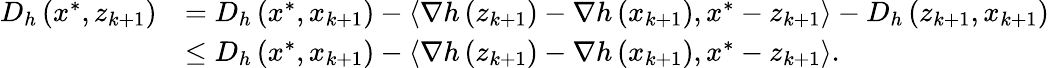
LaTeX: \begin{array}{rl}{D_{h}\left(x^{*},z_{k+1}\right)}&{=D_{h}\left(x^{*},x_{k+1}\right)-\left\langle\nabla h\left(z_{k+1}\right)-\nabla h\left(x_{k+1}\right),x^{*}-z_{k+1}\right\rangle-D_{h}\left(z_{k+1},x_{k+1}\right)}\\ &{\leq D_{h}\left(x^{*},x_{k+1}\right)-\left\langle\nabla h\left(z_{k+1}\right)-\nabla h\left(x_{k+1}\right),x^{*}-z_{k+1}\right\rangle.}\end{array}